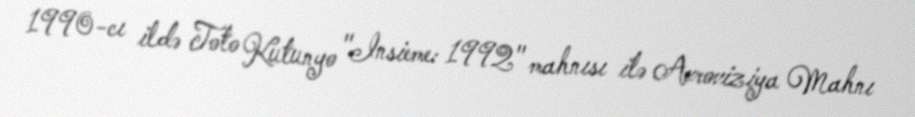
1990-cı ildə Toto Kutunyo "Insieme: 1992" mahnısı ilə Avroviziya Mahnı